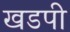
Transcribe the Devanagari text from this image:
खडपी